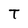
Character: T